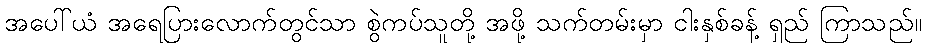
အပေါ်ယံ အရေပြားလောက်တွင်သာ စွဲကပ်သူတို့ အဖို့ သက်တမ်းမှာ ငါးနှစ်ခန့် ရှည် ကြာသည်။